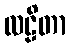
လဠိတာ